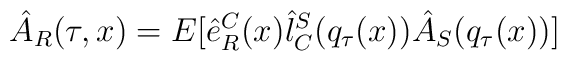
\hat{A}_{R}(\tau,x)=E[\hat{e}^{C}_{R}(x)\hat{l}_{C}^{S}(q_{\tau}(x))\hat{A}_{S}(q_{\tau}(x))]